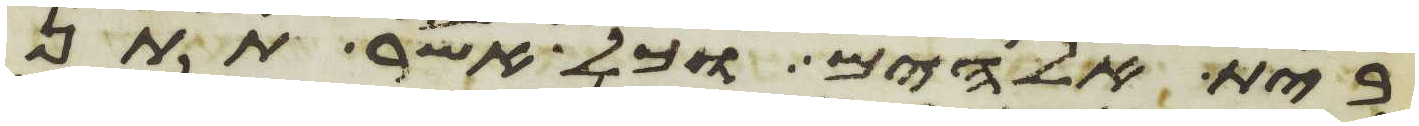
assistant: בית אלהים וכל אשר תתן